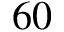
6 0